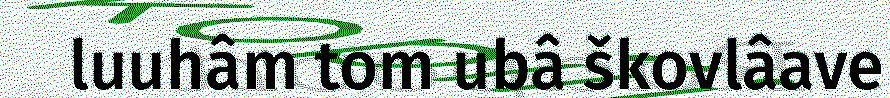
luuhâm tom ubâ škovlâave